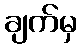
ချက်မှ